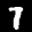
Label: 7